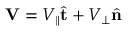
\mathbf { V } = V _ { \parallel } \hat { \mathbf { t } } + V _ { \perp } \hat { \mathbf { n } }